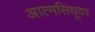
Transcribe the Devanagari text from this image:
आत्मसिंधूवर